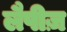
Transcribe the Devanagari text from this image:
लैपीज़